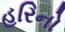
હરિનો